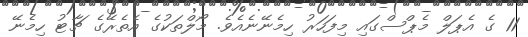
11 ގެ އެޕަލް މެޕްސްގައި މިފަހަރު ހިމެނޭނެއެވެ. މޯލްތަކުގެ އެތެރޭގެ ޗާޓު ހިމެނޭ